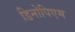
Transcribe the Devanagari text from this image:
डिनोपिएम